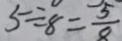
5 \div 8 = \frac { 5 } { 8 }